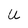
Character: U